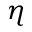
\eta